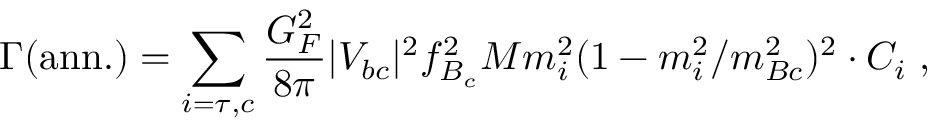
\Gamma \mathrm { ( a n n . ) } = \sum _ { i = \tau , c } \frac { G _ { F } ^ { 2 } } { 8 \pi } | V _ { b c } | ^ { 2 } f _ { B _ { c } } ^ { 2 } M m _ { i } ^ { 2 } ( 1 - m _ { i } ^ { 2 } / m _ { B c } ^ { 2 } ) ^ { 2 } \cdot C _ { i } \; ,